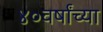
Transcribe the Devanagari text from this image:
४०वर्षांच्या